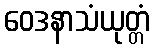
ဝေဒနာသံယုတ္တံ